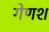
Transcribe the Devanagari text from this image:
गेणश